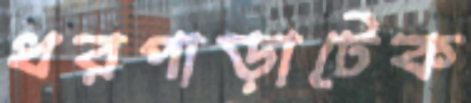
ধরপাড়াটেক